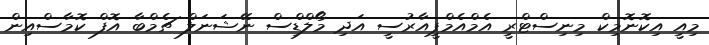
މިއީ އިކޮނޮމިކް މިނިސްޓްރީ އެމްއެމްޕީއާރުސީ އަދި މޯލްޑިްސް ނޭޝަނަލް ޗެމްބާ އޮފް ކޮމާސްއިން